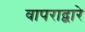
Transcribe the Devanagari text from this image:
वापराद्वारे